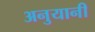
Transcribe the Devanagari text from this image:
अनुयानी